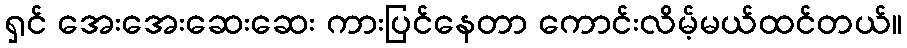
ရှင် အေးအေးဆေးဆေး ကားပြင်နေတာ ကောင်းလိမ့်မယ်ထင်တယ်။